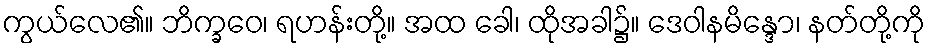
ကွယ်လေ၏။ ဘိက္ခဝေ၊ ရဟန်းတို့။ အထ ခေါ၊ ထိုအခါ၌။ ဒေဝါနမိန္ဒော၊ နတ်တို့ကို